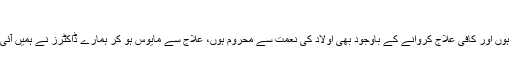
سوال نمبر:1321
میں تقریباً دو سال سے شادی شدہ ہوں اور کافی علاج کروانے کے باوجود بھی اولاد کی نعمت سے محروم ہوں، علاج سے مایوس ہو کر ہمارے ڈاکٹرز نے ہمیں آئی وی ایف ٹیسٹ کا مشورہ دیا ہے۔